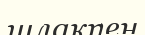
шлакпен